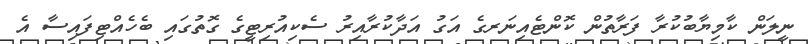
ނީލަން ކާމިޔާބުކުރާ ފަރާތުން ކޮންޓެއިނަރގެ އަގު އަދާކުރާއިރު ސެކިއުރިޓީގެ ގޮތުގައި ބެހެއްޓިފައިސާ އެ